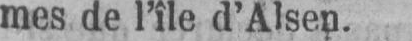
mes de l’île d’Alsen.